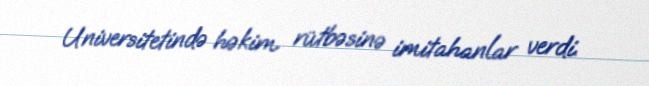
Universitetində həkim rütbəsinə imitahanlar verdi.